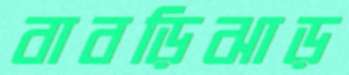
বাবড়িঝাড়